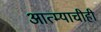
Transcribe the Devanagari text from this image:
आत्म्याचीही